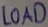
Text: LOAD